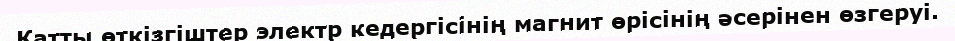
Қатты өткізгіштер электр кедергісінің магнит өрісінің әсерінен өзгеруі.